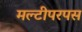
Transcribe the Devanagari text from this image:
मल्टीपरपस